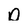
Character: D